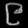
Digit: ၉